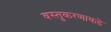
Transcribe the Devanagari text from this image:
वस्तुकरणाकडे